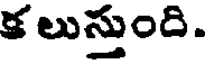
కలుస్తుంది.